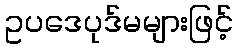
ဥပဒေပုဒ်မများဖြင့်